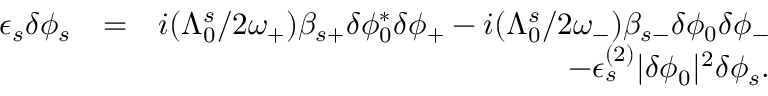
\begin{array} { r l r } { \epsilon _ { s } \delta \phi _ { s } } & { = } & { i ( \Lambda _ { 0 } ^ { s } / 2 \omega _ { + } ) \beta _ { s + } \delta \phi _ { 0 } ^ { * } \delta \phi _ { + } - i ( \Lambda _ { 0 } ^ { s } / 2 \omega _ { - } ) \beta _ { s - } \delta \phi _ { 0 } \delta \phi _ { - } } \\ & { } & { - \epsilon _ { s } ^ { ( 2 ) } | \delta \phi _ { 0 } | ^ { 2 } \delta \phi _ { s } . } \end{array}